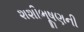
શશીભૂષણની